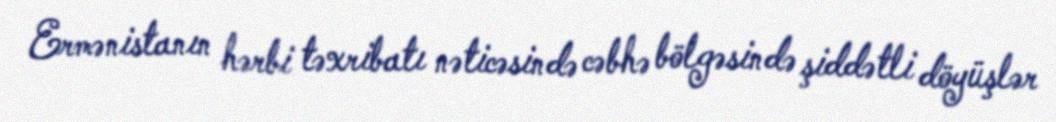
Ermənistanın hərbi təxribatı nəticəsində cəbhə bölgəsində şiddətli döyüşlər